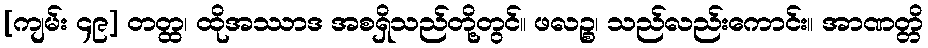
[ကျမ်း ၄၉] တတ္ထ၊ ထိုအဿာဒ အစရှိသည်တို့တွင်။ ဖလဉ္စ၊ သည်လည်းကောင်း။ အာဏတ္တိ